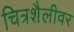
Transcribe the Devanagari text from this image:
चित्रशैलीवर